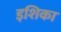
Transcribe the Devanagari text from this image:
इशिका